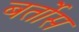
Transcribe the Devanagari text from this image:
बर्तोस